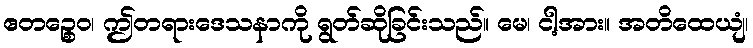
ဧတဉ္စေဝ၊ ဤတရားဒေသနာကို ရွတ်ဆိုခြင်းသည်။ မေ၊ ငါ့အား။ အတိထေယျံ၊